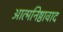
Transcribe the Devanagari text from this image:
आत्मनिष्ठावाद